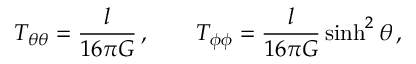
T _ { \theta \theta } = \frac { l } { 1 6 \pi G } \, , \qquad T _ { \phi \phi } = \frac { l } { 1 6 \pi G } \sinh ^ { 2 } \theta \, ,